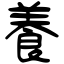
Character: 養